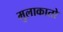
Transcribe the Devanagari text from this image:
मुलाकातो